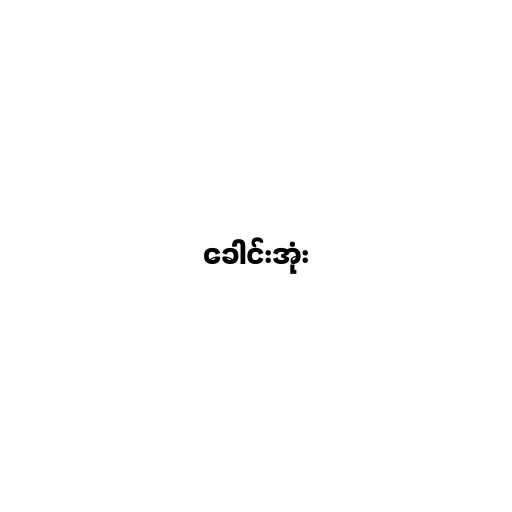
ခေါင်းအုံး